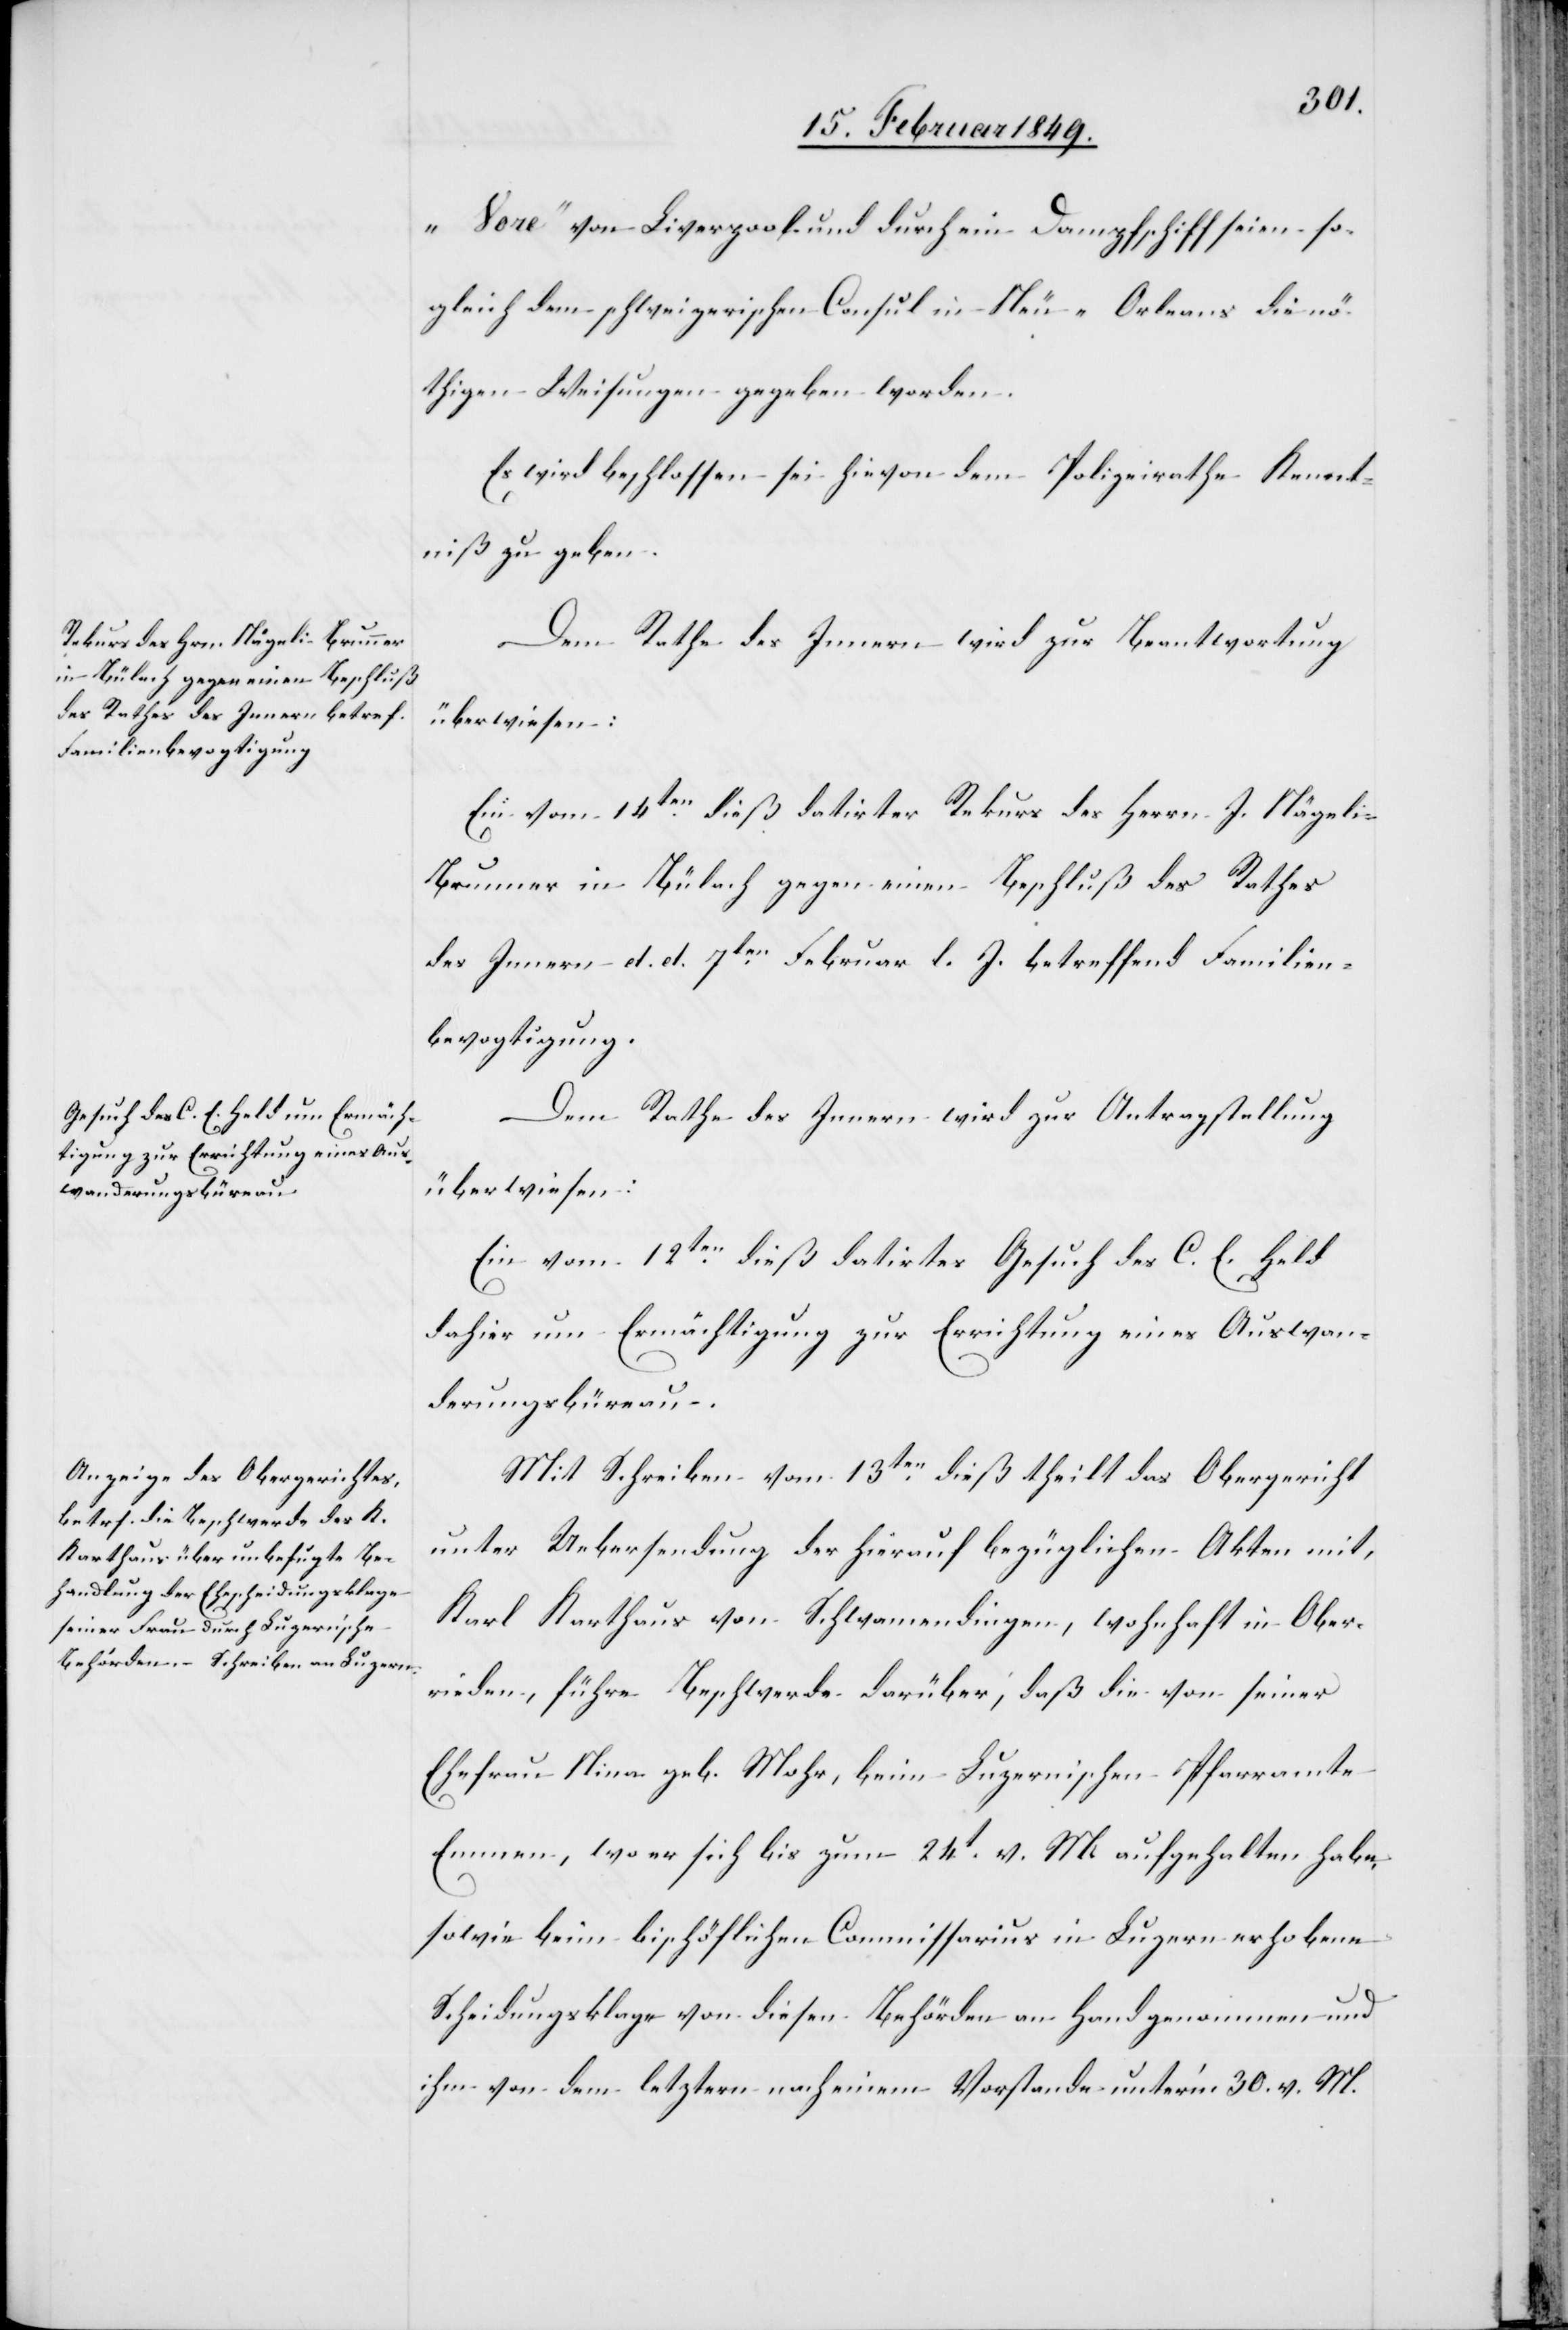
„[?V]ore“ von Liverpool und durch ein Dampfschiff seien so¬
gleich dem schweizerischen Consul in Neu-Orleans die nö¬
thigen Weisungen gegeben worden.
Es wird beschlossen sei hievon dem Polizeirathe Kennt¬
niß zu geben.
Dem Rathe des Innern wird zur Beantwortung
überwiesen:
Ein vom 14ten. dieß datirter Rekurs des Herrn J. Nägeli-B¬
runner in Bülach gegen einen Beschluß des Rathes
des Innern d. d. 7ten. Februar d. J. betreffend Familien¬
bevogtigung.
Dem Rathe des Innern wird zur Antragstellung
überwiesen:
Ein vom 12ten. dieß datirtes Gesuch des C. E. Held
dahier um Ermächtigung zur Errichtung eines Auswan¬
derungsbüreau.
Mit Schreiben vom 13ten. dieß theilt das Obergericht
unter Uebersendung der hierauf bezüglichen Akten mit,
Karl Karthaus von Schwamendingen, wohnhaft in Ober¬
rieden, führe Beschwerde darüber, daß die von seiner
Ehefrau Nina geb. Mohr, beim Luzernischen Pfarramte
Emmen, wo er sich bis zum 24t. v. M. aufgehalten habe,
sowie beim bischöflichen Commissarius in Luzern erhobene
Scheidungsklage von diesen Behörden an Hand genommen und
ihm von dem letztern nach einem Vorstande unter’m 30. v. M.